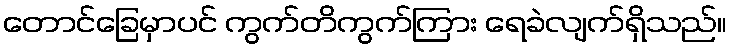
တောင်ခြေမှာပင် ကွက်တိကွက်ကြား ရေခဲလျက်ရှိသည်။